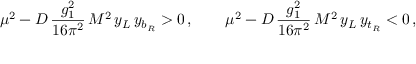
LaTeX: \mu ^ { 2 } - D \, { \frac { g _ { 1 } ^ { 2 } } { 1 6 \pi ^ { 2 } } } \, M ^ { 2 } \, y _ { L } \, y _ { b _ { R } } > 0 \, , \quad \quad \mu ^ { 2 } - D \, { \frac { g _ { 1 } ^ { 2 } } { 1 6 \pi ^ { 2 } } } \, M ^ { 2 } \, y _ { L } \, y _ { t _ { R } } < 0 \, ,